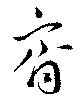
斉